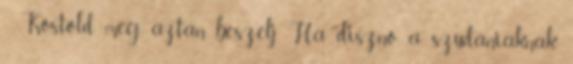
- Kóstold meg, aztán beszélj. Ha disznó, a szudániaknak